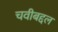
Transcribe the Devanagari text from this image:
चवीबद्दल